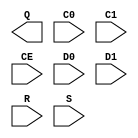
// $Header: /devl/xcs/repo/env/Databases/CAEInterfaces/xec_libs/data/unisims/ODDR2.v,v 1.1 2005/05/10 01:20:08 wloo Exp $

`timescale 1 ps / 1 ps

module ODDR2 (Q, C0, C1, CE, D0, D1, R, S);

    output Q;
    input C0;
    input C1;
    input CE;
    input D0;
    input D1;
    input R;
    input S;
    parameter DDR_ALIGNMENT = "NONE";    
    parameter INIT = 1'b0;
    parameter SRTYPE = "SYNC";

endmodule // ODDR2